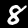
Label: 8